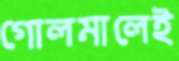
গোলমালেই